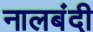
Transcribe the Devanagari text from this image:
नालबंदी